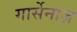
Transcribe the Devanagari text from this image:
गार्सेनाज़